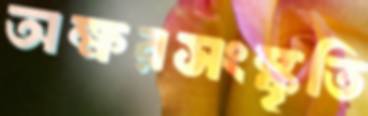
অক্ষরসংস্কৃতি